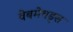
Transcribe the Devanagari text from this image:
वेबमेथड्स